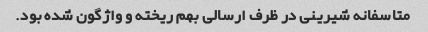
متاسفانه شیرینی در ظرف ارسالی بهم ریخته و واژگون شده بود.